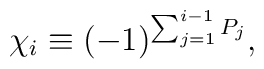
\chi_i \equiv (- 1)^{\sum_{j=1}^{i-1} P_j} ,